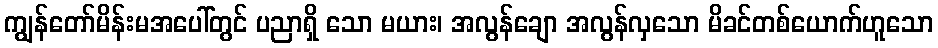
ကျွန်တော်မိန်းမအပေါ်တွင် ပညာရှိ သော မယား၊ အလွန်ချော အလွန်လှသော မိခင်တစ်ယောက်ဟူသော